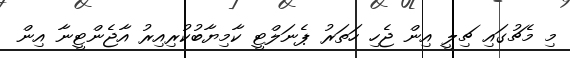
މި މެޗުގައި ޗިލީ އިން ޖެހި ހަތަރު ޕެނަލްޓީ ކާމިޔާބުކުރިއިރު އާޖެންޓީނާ އިން